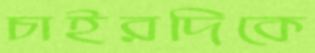
চাইরদিকে